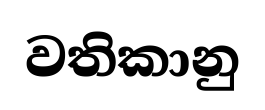
වතිකානු